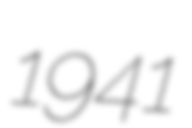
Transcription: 1941